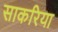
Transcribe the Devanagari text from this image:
साकरिया